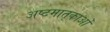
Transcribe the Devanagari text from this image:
अष्टमातृकाओं